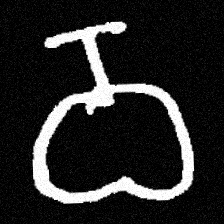
Pyu character \u2014 Myanmar letter: ဝ (romanized: wa)